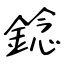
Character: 錜